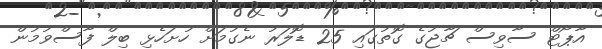
އާޕޯޓް ސާވިސް ޗާޖުގެ ގޮތުގައި 25 ޑޮލަރު ނެގުމަށް ހުށަހެޅި ބިލް ފާސްވުމުން